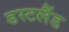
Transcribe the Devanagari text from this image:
डस्टलैंड